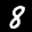
Label: 8